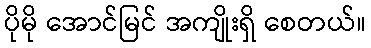
ပိုမို အောင်မြင် အကျိုးရှိ စေတယ်။